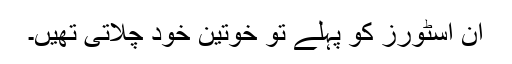
ان اسٹورز کو پہلے تو خوتین خود چلاتی تھیں۔